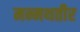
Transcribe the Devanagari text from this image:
मन्मथतीर